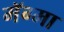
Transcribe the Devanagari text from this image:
मॅग्मा